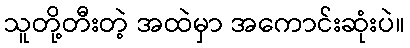
သူတို့တီးတဲ့ အထဲမှာ အကောင်းဆုံးပဲ။